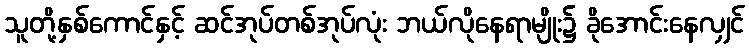
သူတို့နှစ်ကောင်နှင့် ဆင်အုပ်တစ်အုပ်လုံး ဘယ်လိုနေရာမျိုး၌ ခိုအောင်းနေလျှင်